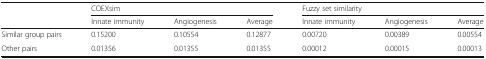
<table><thead><tr><td></td><td colspan="3"><b>COEXsim</b></td><td colspan="3"><b>Fuzzy set similarity</b></td></tr><tr><td></td><td><b>Innate immunity</b></td><td><b>Angiogenesis</b></td><td><b>Average</b></td><td><b>Innate immunity</b></td><td><b>Angiogenesis</b></td><td><b>Average</b></td></tr></thead><tbody><tr><td>Similar group pairs</td><td>0.15200</td><td>0.10554</td><td>0.12877</td><td>0.00720</td><td>0.00389</td><td>0.00554</td></tr><tr><td>Other pairs</td><td>0.01356</td><td>0.01355</td><td>0.01355</td><td>0.00012</td><td>0.00015</td><td>0.00013</td></tr></tbody></table>